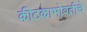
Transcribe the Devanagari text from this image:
कीटकाभोवतीचे